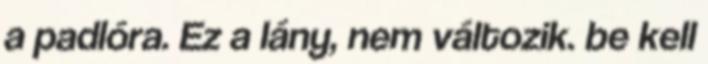
a padlóra. Ez a lány, nem változik. be kell